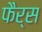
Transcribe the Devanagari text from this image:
फैर्स